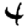
Digit: 4